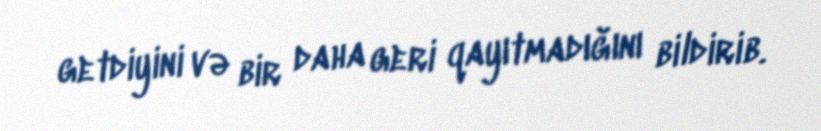
getdiyini və bir daha geri qayıtmadığını bildirib.